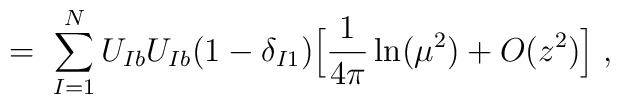
= \; \sum_{I=1}^N U_{Ib} U_{Ib} (1-\delta_{I1})\Big[ \frac{1}{4\pi}\ln(\mu^2) + O(z^2) \Big] \; ,